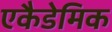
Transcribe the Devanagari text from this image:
एकैडेमिक